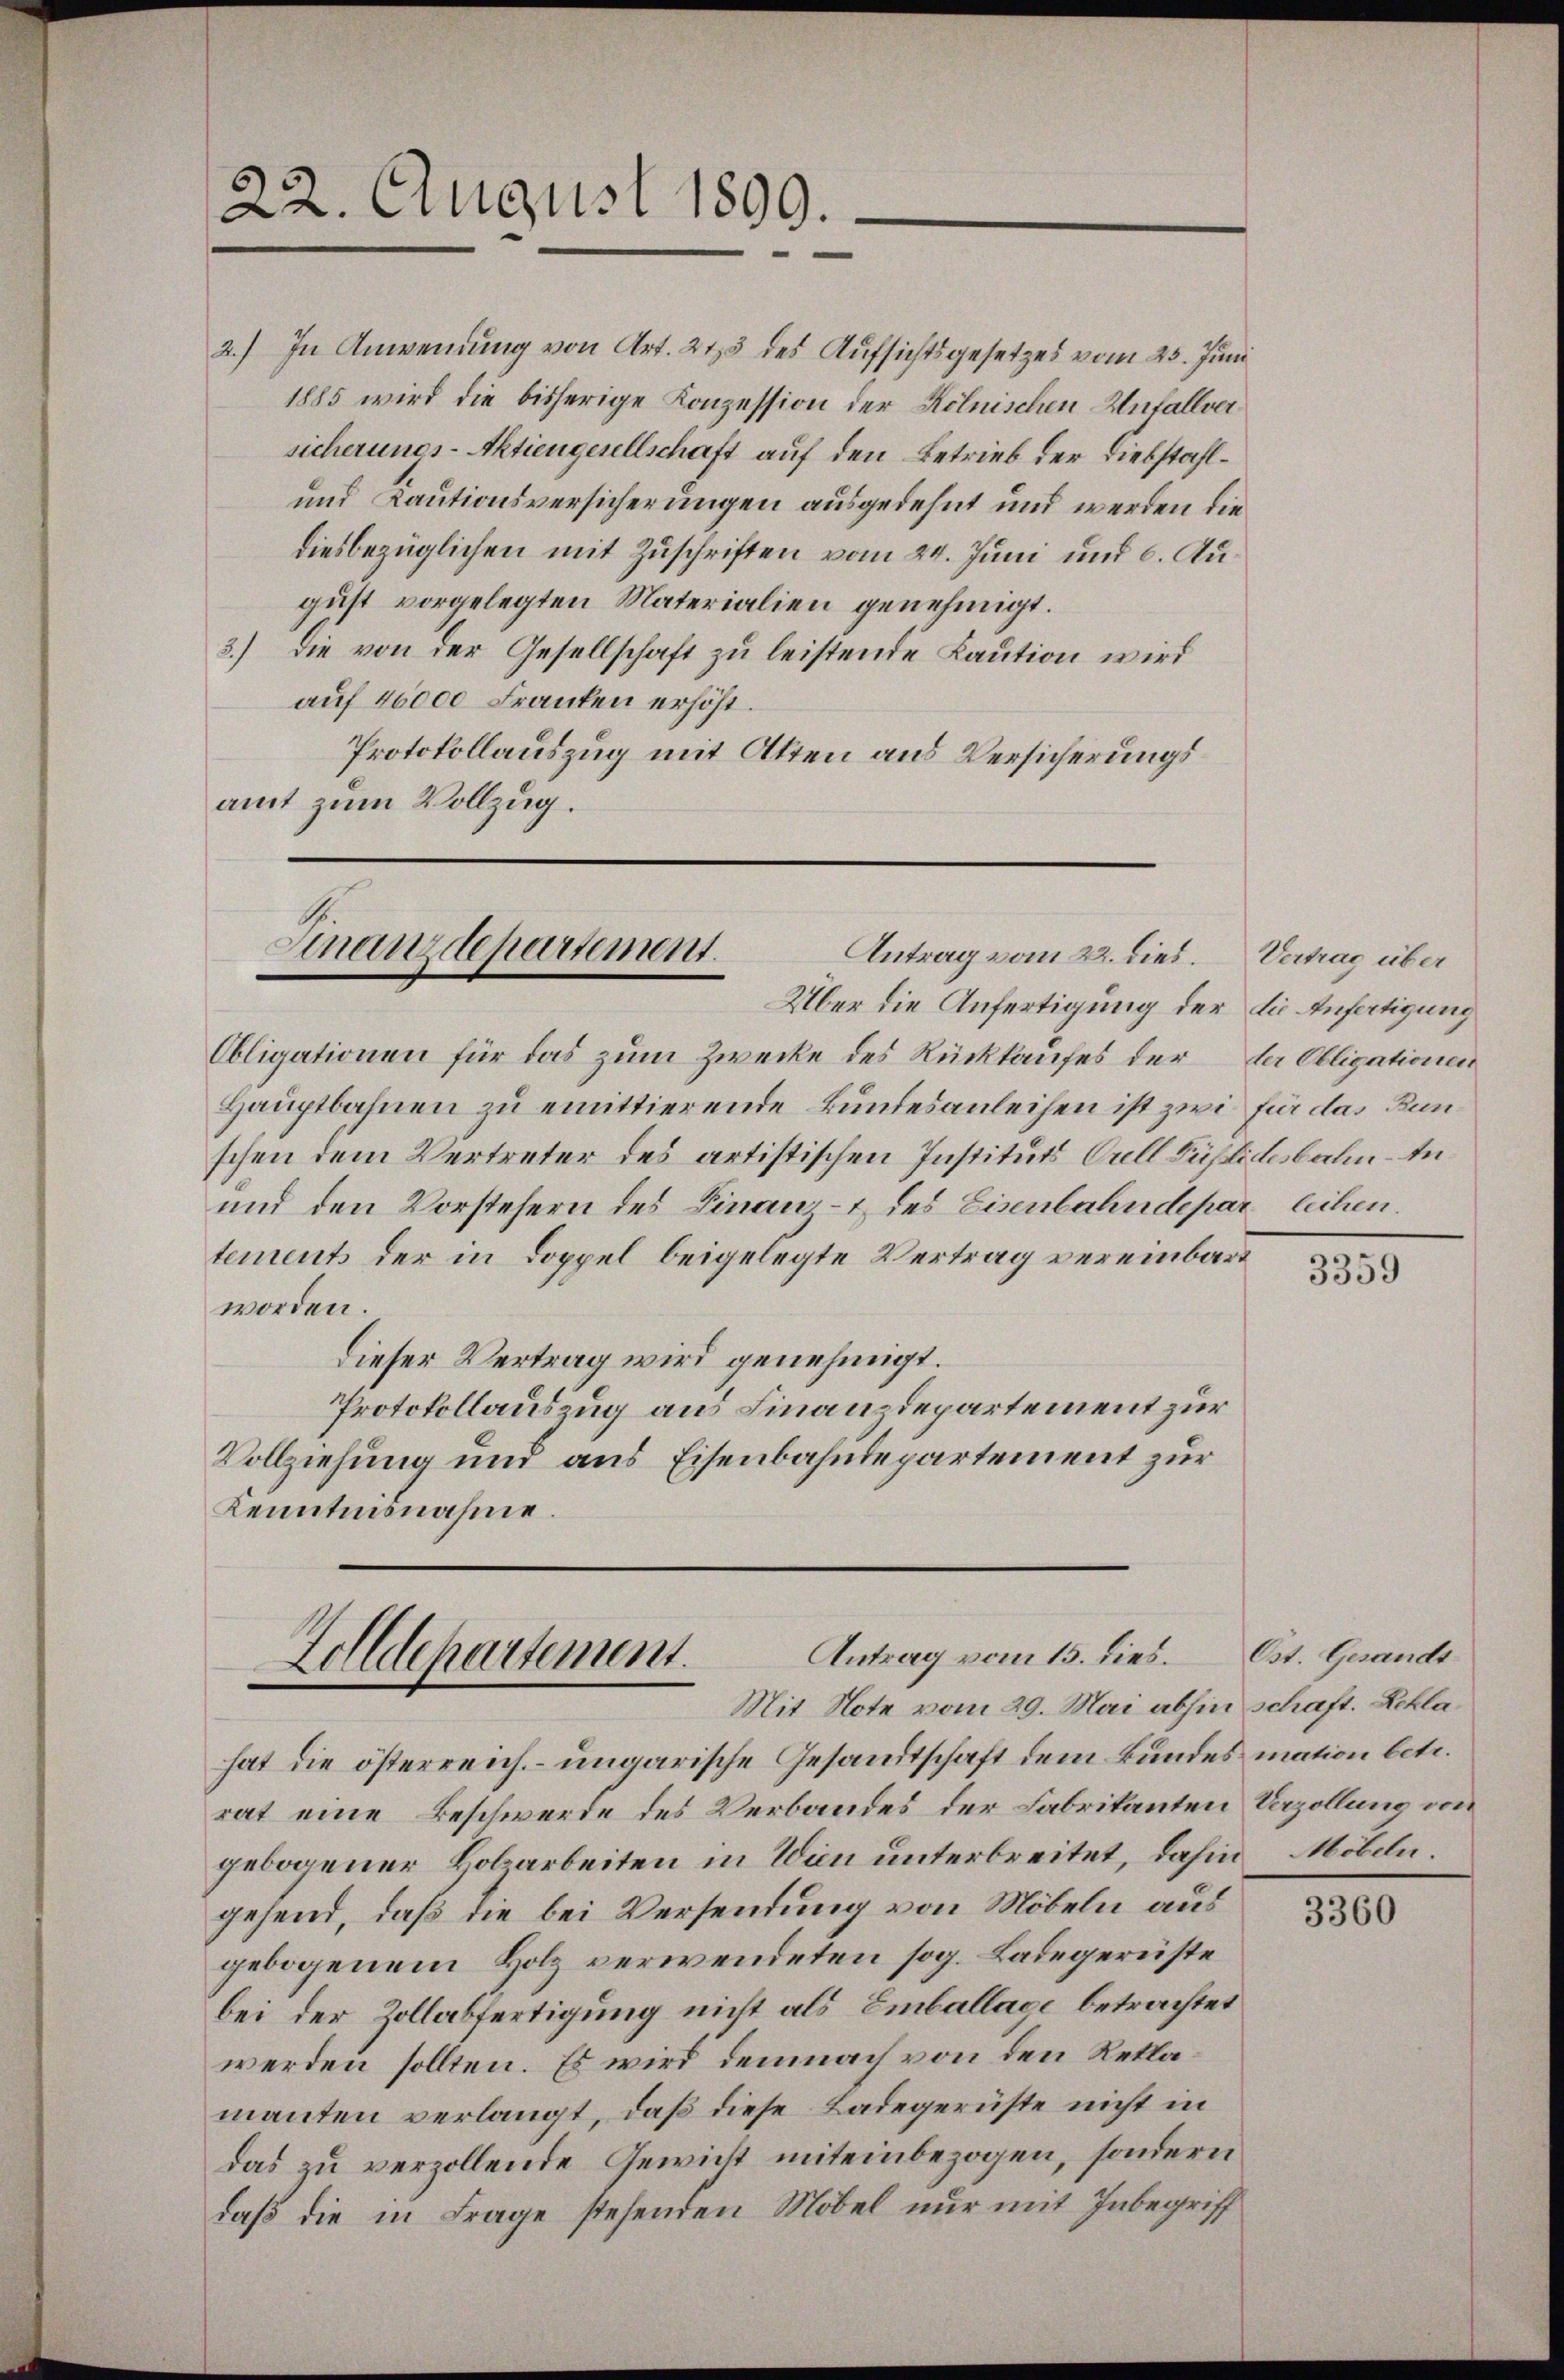
2.) In Anwendung von Art. 215 des Aufsichtsgesetzes vom 25. Juni
1885 wird die bisherige Konzession der Kölnischen Unfallver
sicherungs-Aktiengesellschaft auf den Betrieb der Liebstahl¬
und Kautionsversicherungen ausgedehnt und werden die
diesbezüglichen mit Zuschriften vom 24. Juni und 6. August vorgelegten Materialien genehmigt.
3.) Die von der Gesellschaft zu leistende Kaution wird
auf 40000 Franken erhöht.
Protokollauszug mit Atten aus Versicherungsamt zum Vollzug.

22. August 1890.

Obligationen für das zum Zwecke des Rückkaufes der der Obligationen
Hauptbahnen zu emittierende Bundesanleihen ist zwi für das Bunschen dem Vertreter des artistischen Instituts Orell Füßlidosbahn-In¬
und den Vorstehern des Finanz- & des Eisenbahndepar leihen.
tements der in Doppel beigelegte Vertrag vereinbart
worden.
Dieser Vertrag wird genehmigt.
Protokollauszug aus Finanzdepartement zur
Vollziehung und aus Eisenbahndepartement zur
Kenntnisnahme.

Finanzdepartement.
Antrag vom 22. dies. Vertrag über

Antrag vom 15. dies. Ost. Gesandt
Zolldepartement.
Mit Note vom 29. Mai abhin schaft. Bekla¬

Über die Anfertigung der die Ansätigung

hat die österreich- ungarische Gesandtschaft dem Bundes mation betr.
rat eine Beschwerde des Verbandes der Fabrikanten Verzöllung von
gebogener Holzarbeiten in Wien unterbreitet, dahin, Möbeln.
gehend, daß die bei Versendung von Möbeln aus
gebogenem Holz verwendeten sog. Ladegerüste
bei der Zollabfertigung nicht als Emballage betrachtet
werden sollten. Es wird demnach von den Reklamanten verlangt, daß diese Ladegerüste nicht in
das zu verzollende Gewicht miteinbezogen, sondern
daß die in Frage stehenden Möbel nur mit Inbegriff

3359

3360